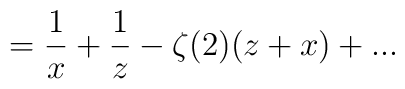
={1\over x} + {1\over z} - \zeta (2) (z+x)+...